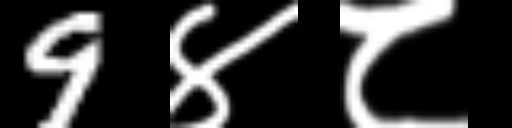
Text: 9४८